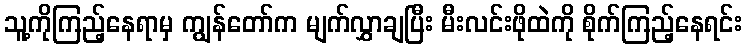
သူ့ကိုကြည့်နေရာမှ ကျွန်တော်က မျက်လွှာချပြီး မီးလင်းဖိုထဲကို စိုက်ကြည့်နေရင်း